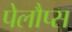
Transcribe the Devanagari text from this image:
पेलौप्स